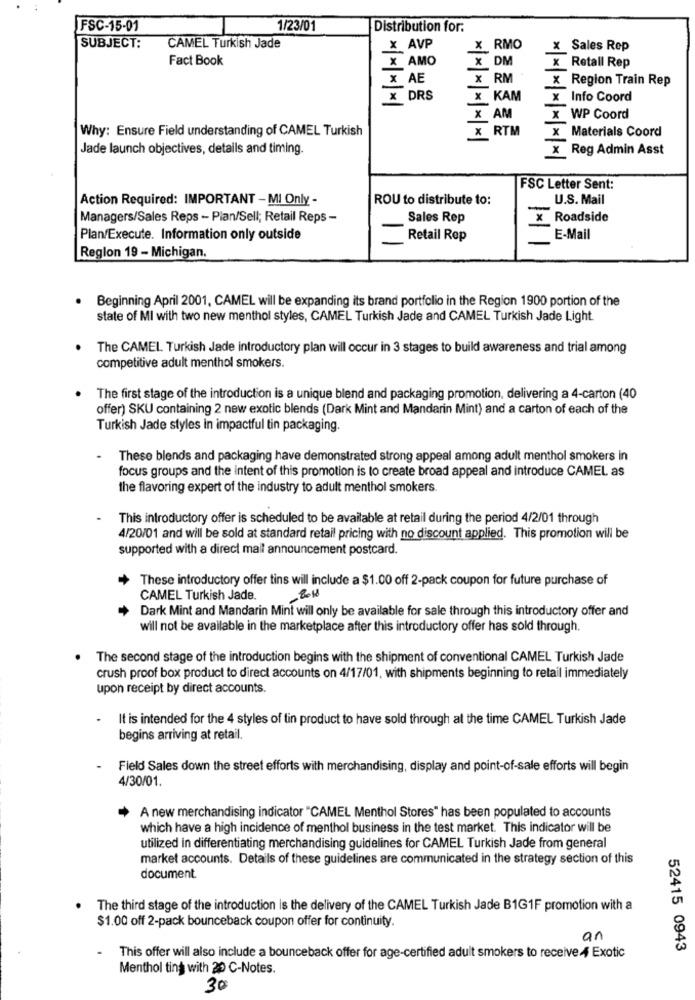
FSC-15-01
1/23/01
Distribution for:
SUBJECT:
CAMEL Turkish Jade
X AVP
X_RMO
x Sales Rep
Fact Book
X AMO
X DM
x Retall Rep
X AE
RM
x Region Train Rep
X DRS
x KAM
x Info Coord
X AM
x WP Coord
Why: Ensure Field understanding of CAMEL Turkish
X RTM
×|*|* * * *
X Materials Coord
Jade launch objectives, details and timing.
X Reg Admin Asst
** * * ***
FSC Letter Sent:
Action Required: IMPORTANT - MI Only -
ROU to distribute to:
U.S. Mail
Managers/Sales Reps - Plan/Sell; Retail Reps -
Sales Rep
x Roadside
Plan/Execute. Information only outside
Retail Rep
E-Mail
Region 19 - Michigan.
Beginning April 2001, CAMEL will be expanding its brand portfolio in the Region 1900 portion of the
state of MI with two new menthol styles, CAMEL Turkish Jade and CAMEL Turkish Jade Light.
The CAMEL Turkish Jade introductory plan will occur in 3 stages to build awareness and trial among
competitive adult menthol smokers.
The first stage of the introduction is a unique blend and packaging promotion, delivering a 4-carton (40
offer) SKU containing 2 new exotic blends (Dark Mint and Mandarin Mint) and a carton of each of the
Turkish Jade styles in impactful tin packaging.
These blends and packaging have demonstrated strong appeal among adult menthol smokers in
focus groups and the intent of this promotion is to create broad appeal and introduce CAMEL as
the flavoring expert of the industry to adult menthol smokers.
This introductory offer is scheduled to be available at retail during the period 4/2/01 through
4/20/01 and will be sold at standard retail pricing with no discount applied. This promotion will be
supported with a direct mail announcement postcard.
These introductory offer tins will include a $1.00 off 2-pack coupon for future purchase of
CAMEL Turkish Jade.
-BOH0
Dark Mint and Mandarin Mint will only be available for sale through this introductory offer and
will not be available in the marketplace after this introductory offer has sold through.
The second stage of the introduction begins with the shipment of conventional CAMEL Turkish Jade
crush proof box product to direct accounts on 4/17/01, with shipments beginning to retail immediately
upon receipt by direct accounts.
It is intended for the 4 styles of tin product to have sold through at the time CAMEL Turkish Jade
begins arriving at retail.
Field Sales down the street efforts with merchandising, display and point-of-sale efforts will begin
4/30/01.
A new merchandising indicator "CAMEL Menthol Stores" has been populated to accounts
which have a high incidence of menthol business in the test market. This indicator will be
utilized in differentiating merchandising guidelines for CAMEL Turkish Jade from general
market accounts. Details of these guidelines are communicated in the strategy section of this
document.
The third stage of the introduction is the delivery of the CAMEL Turkish Jade B1G1F promotion with a
$1.00 off 2-pack bounceback coupon offer for continuity.
an
52415 0943
This offer will also include a bounceback offer for age-certified adult smokers to receive 4 Exotic
Menthol ting with 20 C-Notes.
30